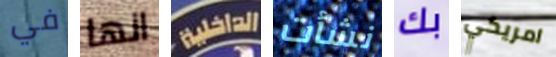
في انها الداخلية نشأت بك امريكي